Treatise on elephants
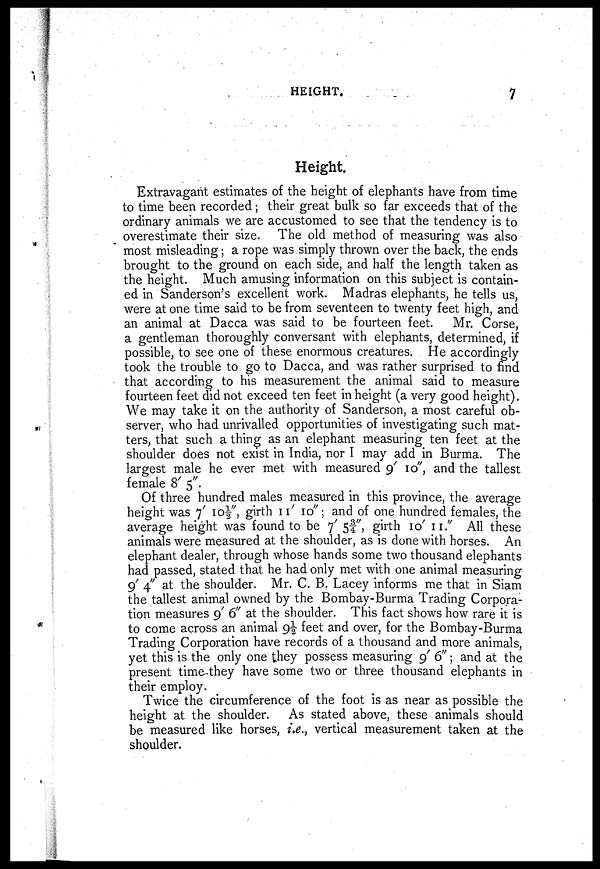
HEIGHT.
7
Height.
Extravagant estimates of the height of elephants have from time
to time been recorded; their great bulk so far exceeds that of the
ordinary animals we are accustomed to see that the tendency is to
overestimate their size. The old method of measuring was also
most misleading; a rope was simply thrown over the back, the ends
brought to the ground on each side, and half the length taken as
the height. Much amusing information on this subject is contain-
ed in Sanderson's excellent work. Madras elephants, he tells us,
were at one time said to be from seventeen to twenty feet high, and
an animal at Dacca was said to be fourteen feet. Mr. Corse,
a gentleman thoroughly conversant with elephants, determined, if
possible, to see one of these enormous creatures. He accordingly
took the trouble to go to Dacca, and was rather surprised to find
that according to his measurement the animal said to measure
fourteen feet did not exceed ten feet in height (a very good height).
We may take it on the authority of Sanderson, a most careful ob-
server, who had unrivalled opportunities of investigating such mat-
ters, that such a thing as an elephant measuring ten feet at the
shoulder does not exist in India, nor I may add in Burma. The
largest male he ever met with measured 9' 10", and the tallest
female 8' 5".
Of three hundred males measured in this province, the average
height was 7' 10½", girth 11' 10"; and of one hundred females, the
average height was found to be 7' 5¾", girth 10' 11." All these
animals were measured at the shoulder, as is done with horses. An
elephant dealer, through whose hands some two thousand elephants
had passed, stated that he had only met with one animal measuring
9' 4" at the shoulder. Mr. C. B. Lacey informs me that in Siam
the tallest animal owned by the Bombay-Burma Trading Corpora-
tion measures 9' 6" at the shoulder. This fact shows how rare it is
to come across an animal 9½ feet and over, for the Bombay-Burma
Trading Corporation have records of a thousand and more animals,
yet this is the only one they possess measuring 9' 6"; and at the
present time they have some two or three thousand elephants in
their employ.
Twice the circumference of the foot is as near as possible the
height at the shoulder. As stated above, these animals should
be measured like horses, i.e., vertical measurement taken at the
shoulder.